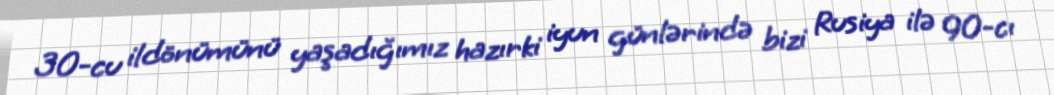
30-cu ildönümünü yaşadığımız hazırki iyun günlərində bizi Rusiya ilə 90-cı